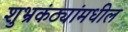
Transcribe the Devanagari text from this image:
शुभ्रकंठ्यांमधील